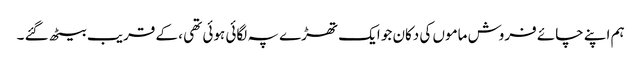
ہم اپنے چائے فروش ماموں کی دکان جو ایک تھڑے پہ لگائی ہوئی تھی ، کے قریب بیٹھ گئے ۔